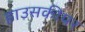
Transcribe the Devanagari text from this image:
हाउसकीपर